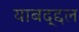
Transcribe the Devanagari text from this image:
याबद्द्दल